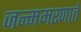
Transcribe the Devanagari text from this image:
जन्ममरणातें